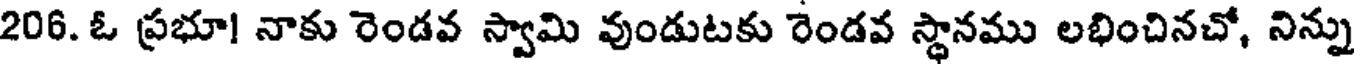
206. ఓ ప్రభూ! నాకు రెండవ స్వామి వుండుటకు రెండవ స్థానము లభించినచో, నిన్ను